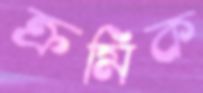
ক্রমিক